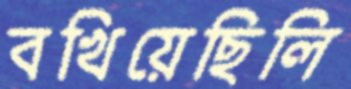
বখিয়েছিলি